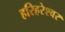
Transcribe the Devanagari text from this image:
हरिहरेश्वर